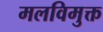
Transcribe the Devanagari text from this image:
मलविमुक्त